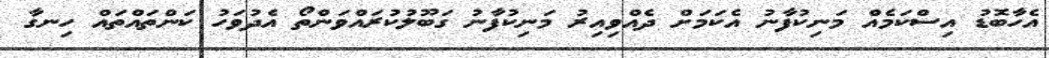
އެހާބޮޑު އިސްކަމެއް މަނިކުފާނު އެކަމަށް ދެއްވިއިރު މަނިކުފާނު ގަބޫލުކުރައްވަންތޯ އެދުވަހު ކަންތައްތައް ހިނގާ